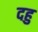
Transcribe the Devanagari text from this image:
दहु